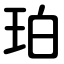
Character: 珀